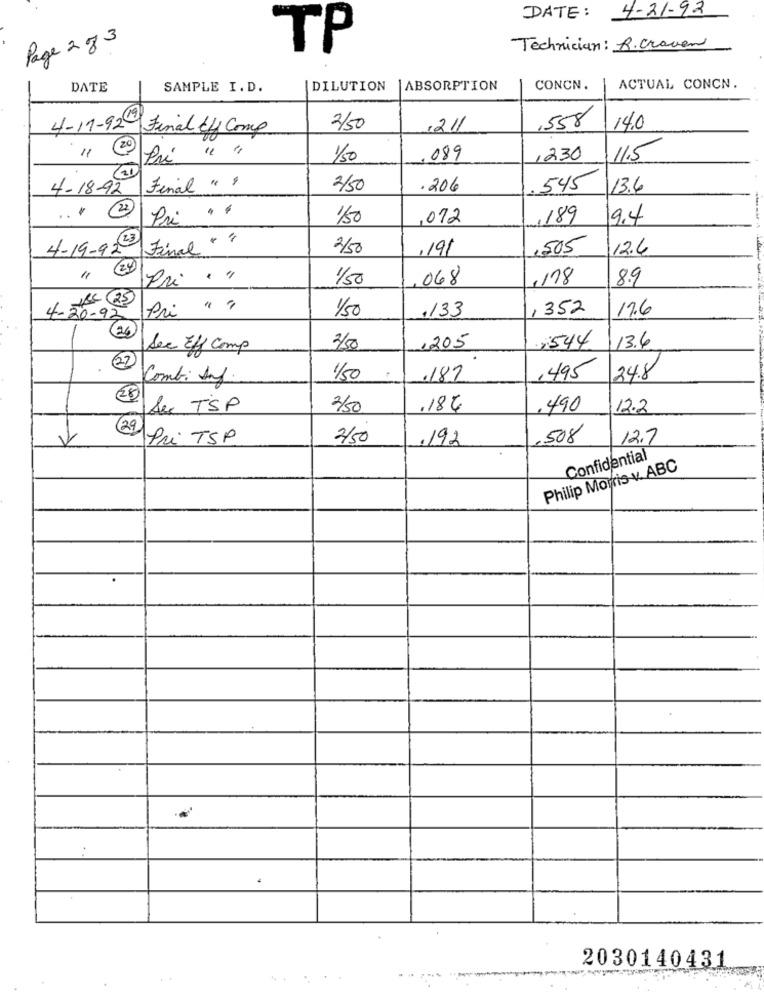
DATE: 4-21-92
Page 2 g 3
TP
Technician: R.Craven
DATE
SAMPLE I. D.
DILUTION
ABSORPTION
CONCN.
ACTUAL CONCN.
,558
4-11-92 Final CH Comp
2/50
1211
14.0
20
1.
Pri " "
1/50
,089
1230
11.5
31
4-18-92
Final " "
2/50
.206
545
13.6
22
Pri . "
...
1/50
,012
,189
9.4
4-19-92 23)
Final " "
2/50
,191
,505
12.6
(24
Pri ."
1/50
,068
,178
8.9
Pri " "
1/50
,133
, 352
17.6
4-20-92
-
(26)
:544
See Eff Comp
3/50
1205
13.6
22
Combi Any.
1/50
.187
,495
34.8
20
Sec TSP
2/50
.184
.490
12.2
29
V
Pri TSP
2/50
.192
,508
12.7
Confidential
Philip Morris v ABC
2030140431